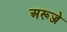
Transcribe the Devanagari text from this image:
अरूज्जे